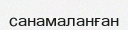
санамаланған